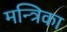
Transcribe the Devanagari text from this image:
मन्त्रिका